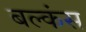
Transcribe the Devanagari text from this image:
बल्कंस